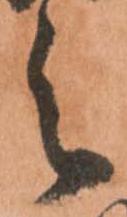
之